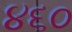
૪૬૦